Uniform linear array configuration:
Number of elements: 64
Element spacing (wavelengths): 0.25
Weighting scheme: hann
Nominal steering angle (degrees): -45
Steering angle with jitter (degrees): -45.537
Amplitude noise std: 0.05
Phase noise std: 0.05

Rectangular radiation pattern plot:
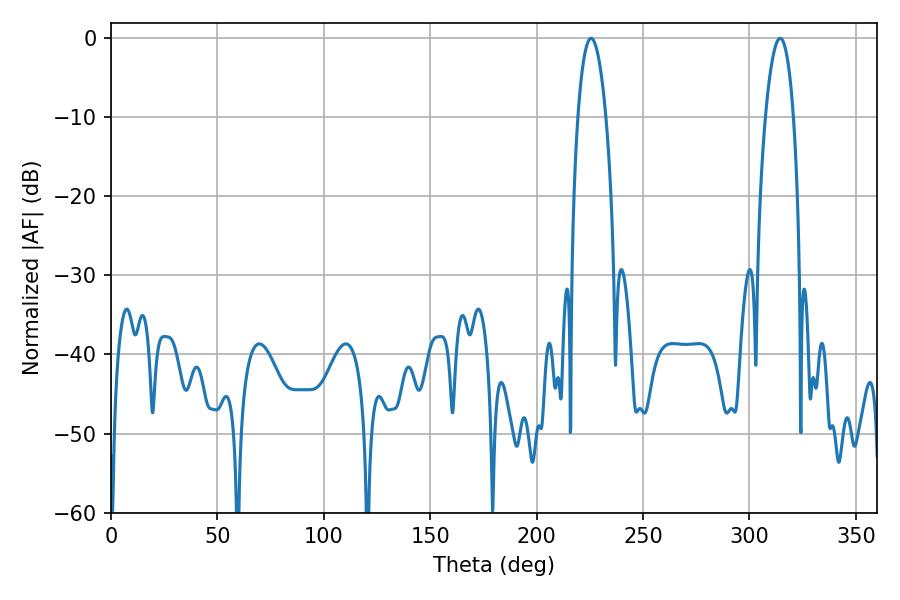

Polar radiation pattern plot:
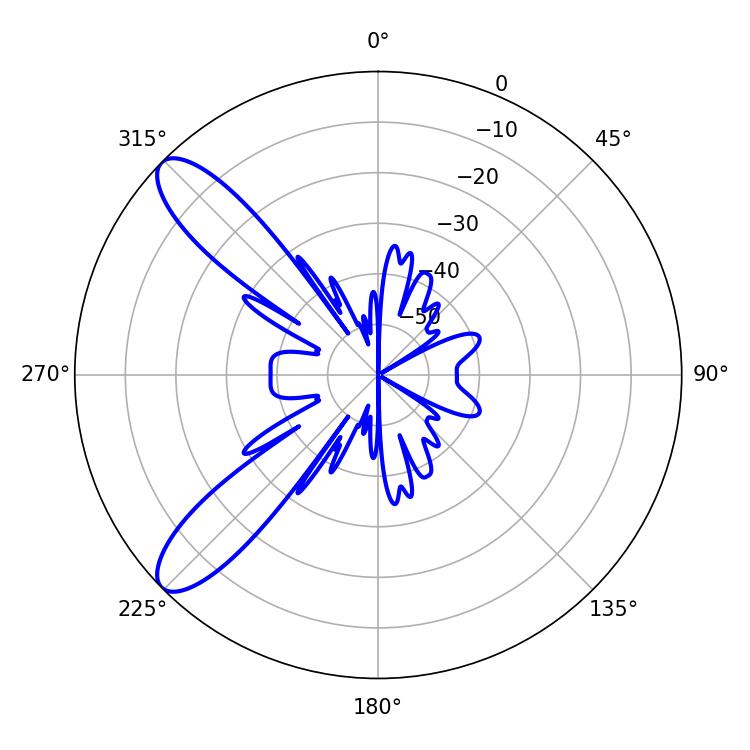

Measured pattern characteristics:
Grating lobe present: FALSE
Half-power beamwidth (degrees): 7.2
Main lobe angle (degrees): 225.54